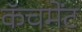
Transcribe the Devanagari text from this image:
कॅचमेंट